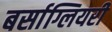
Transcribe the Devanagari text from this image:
बर्साग्लियरी